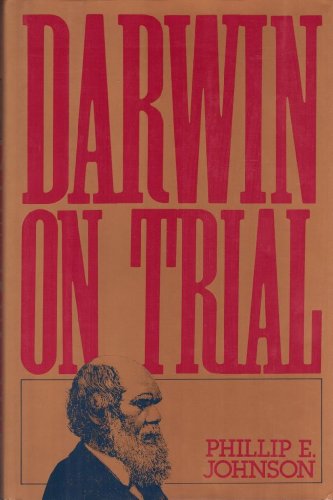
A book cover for Darwin on Trial; Phillip E. Johnson; Science & Math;